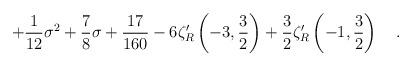
LaTeX: \begin{align*}+{1 \over 12}\sigma^2 + {7 \over 8} \sigma +{17 \over 160} -6 \zeta_{R}'\left(-3,\frac 32\right)+ \frac 32 \zeta_{R}'\left(-1,\frac 32\right)~~~.\end{align*}